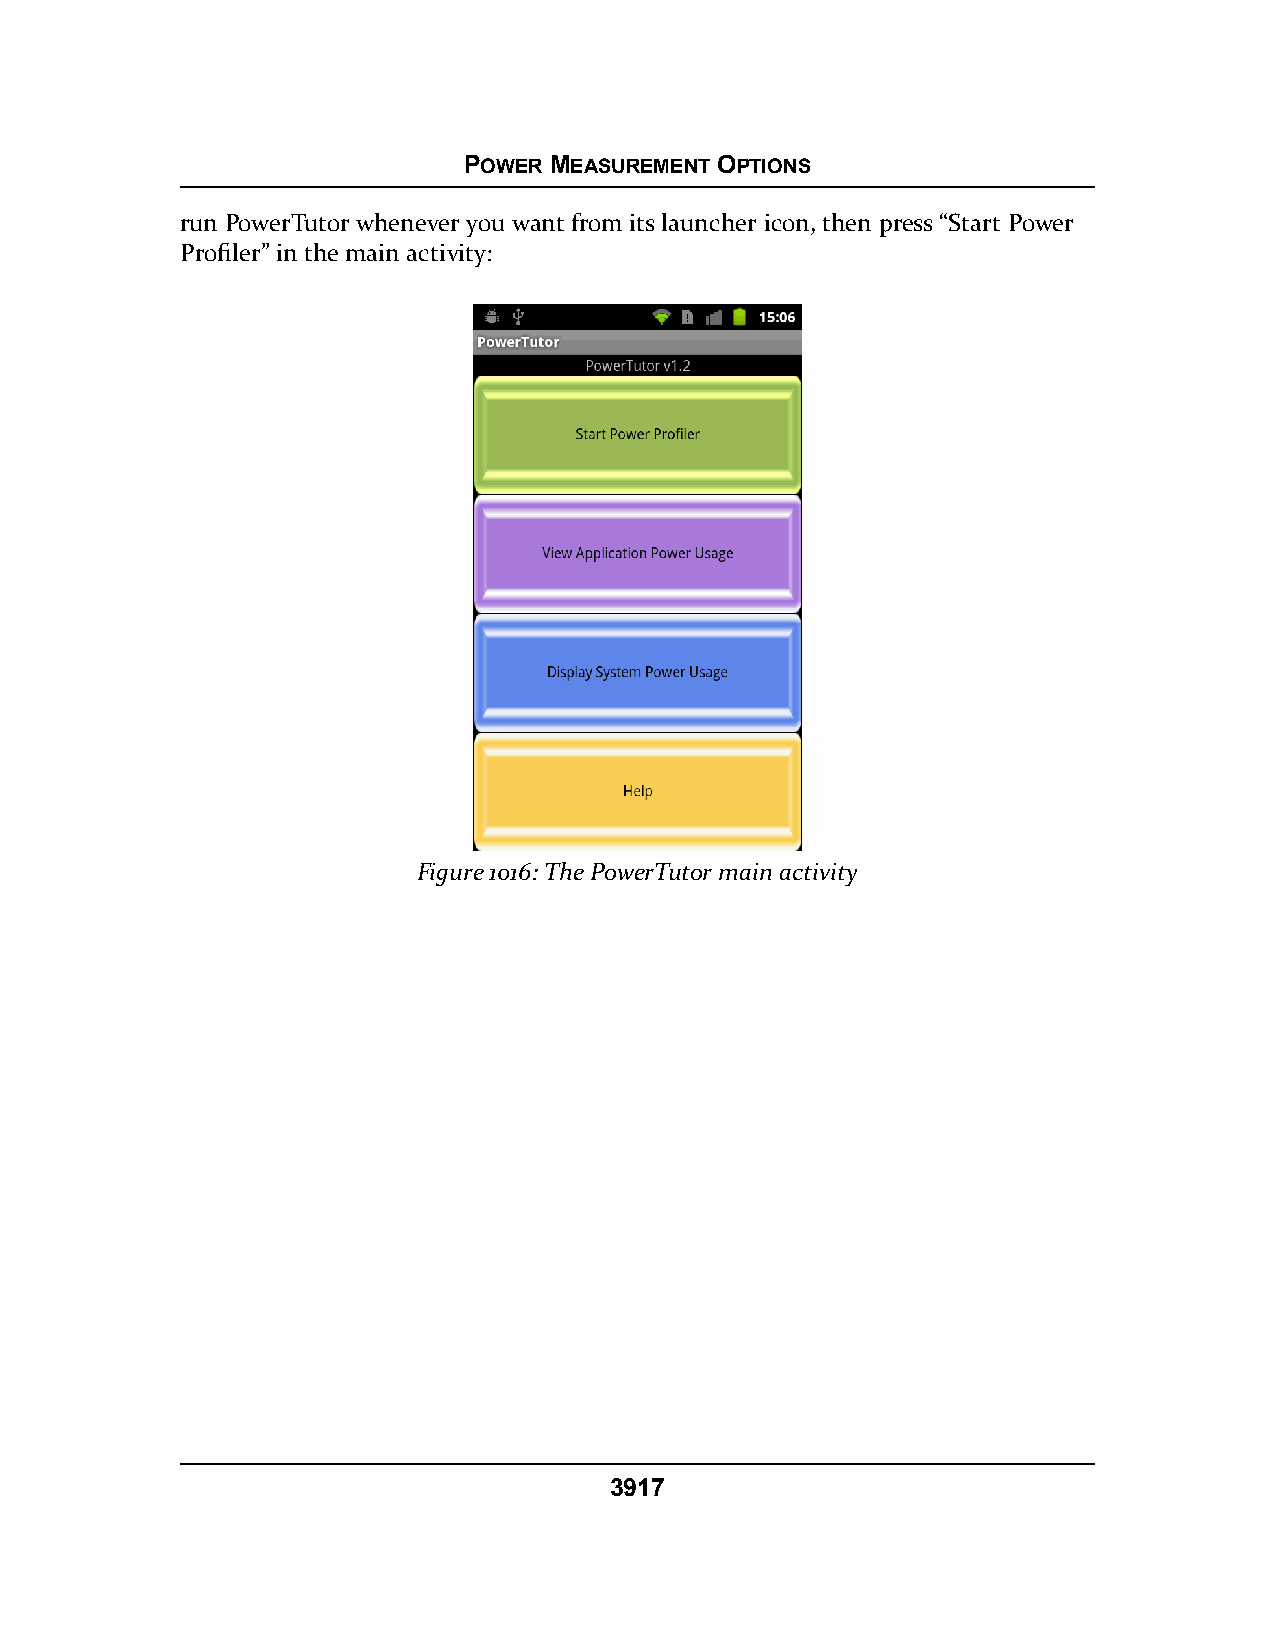
POWER MEASUREMENT OPTIONS
 run PowerTutor whenever you want from its launcher icon, then press “Start Power
 Profiler” in the main activity:
 Figure 1016: The PowerTutor main activity
 3917